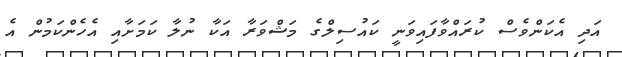
އަދި އެކަންވެސް ކުރައްވާފައިވަނީ ކައުސިލްގެ މަޝްވަރާ އަކާ ނުލާ ކަމަށާއި އެހެންކަމުން އެ